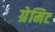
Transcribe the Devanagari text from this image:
ग्रेमिट